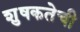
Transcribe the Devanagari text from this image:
शुषकतेची